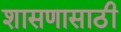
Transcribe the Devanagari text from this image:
शासणासाठी